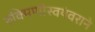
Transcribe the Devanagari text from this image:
रुक्मिणीस्वयंवराने